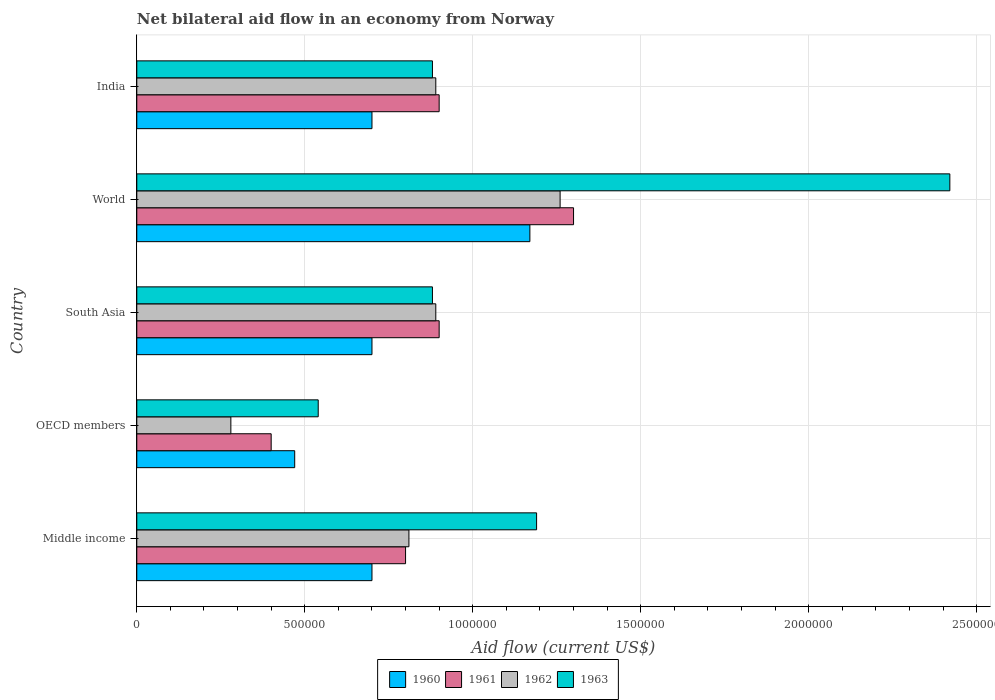
| Country | 1960 | 1961 | 1962 | 1963 |
 | --- | --- | --- | --- | --- |
 | Middle income | 7e+05 | 8e+05 | 8.1e+05 | 1.19e+06 |
 | OECD members | 4.7e+05 | 4e+05 | 2.8e+05 | 5.4e+05 |
 | South Asia | 7e+05 | 9e+05 | 8.9e+05 | 8.8e+05 |
 | World | 1.17e+06 | 1.3e+06 | 1.26e+06 | 2.42e+06 |
 | India | 7e+05 | 9e+05 | 8.9e+05 | 8.8e+05 |